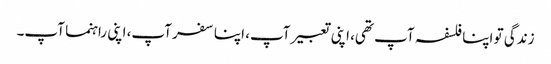
زندگی تو اپنا فلسفہ آپ تھی، اپنی تعبیر آپ، اپنا سفر آپ، اپنی راہنما آپ۔